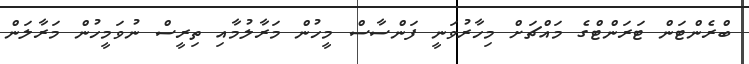
ބްރެންޓަން ޓަރަންޓްގެ މައްޗަށް މިހާރުވަނީ ފަންސާސް މީހުން މަރާލުމާއި ތިރީސް ނުވަމީހުން މަރާލަން